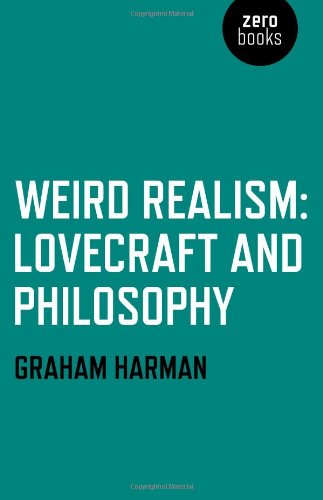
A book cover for Weird Realism: Lovecraft and Philosophy; Graham Harman; Politics & Social Sciences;